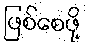
ဖြစ်စေဖို့